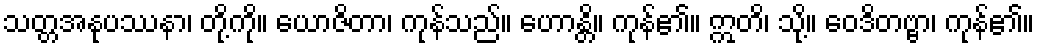
သတ္တအနုပဿနာ၊ တို့ကို။ ယောဇိတာ၊ ကုန်သည်။ ဟောန္တိ။ ကုန်၏။ ဣတိ၊ သို့။ ဝေဒိတဗ္ဗာ၊ ကုန်၏။